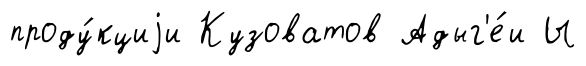
проду́кциjи Кузоватов Адыг'е́и Ы